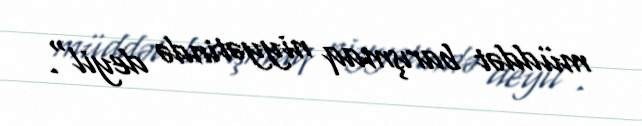
müddət barışmaq niyyətində deyil".